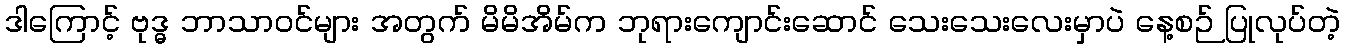
ဒါကြောင့် ဗုဒ္ဓ ဘာသာဝင်များ အတွက် မိမိအိမ်က ဘုရားကျောင်းဆောင် သေးသေးလေးမှာပဲ နေ့စဉ် ပြုလုပ်တဲ့